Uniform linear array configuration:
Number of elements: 24
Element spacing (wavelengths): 0.5
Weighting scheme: kaiser
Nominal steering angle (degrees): -45
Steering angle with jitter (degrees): -43.332
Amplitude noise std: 0.05
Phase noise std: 0.05

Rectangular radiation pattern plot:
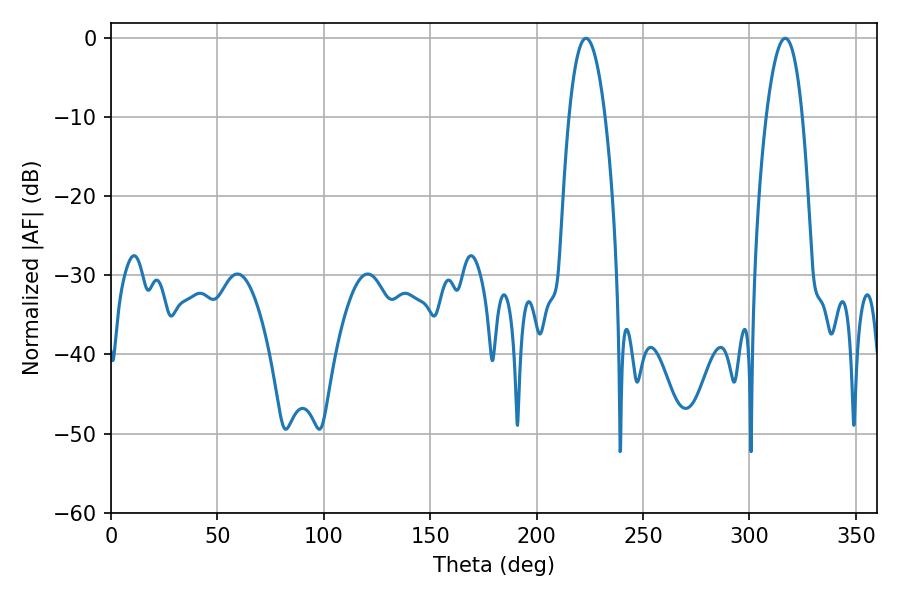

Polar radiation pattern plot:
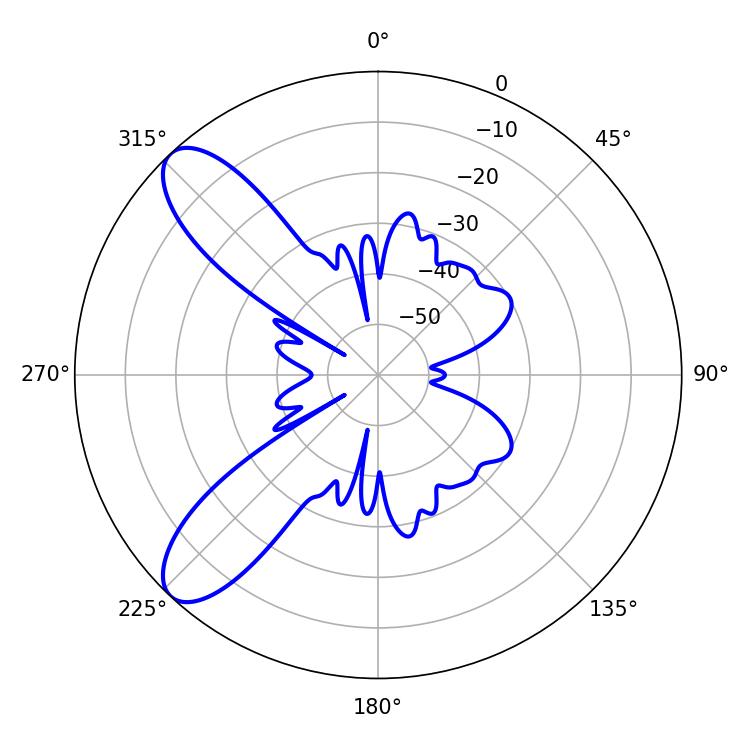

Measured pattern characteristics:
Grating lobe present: FALSE
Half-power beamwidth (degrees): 9.36
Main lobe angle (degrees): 223.2